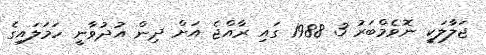
ޖަލާލަކީ ނޮވެމްބަރު 3 1988 ގައި ރާއްޖެ އަށް ދިން އުދުވާނީ ހަމަލައިގެ